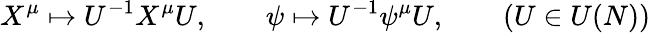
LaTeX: X^{\mu}\mapsto U^{-1}X^{\mu}U,\qquad\psi\mapsto U^{-1}\psi^{\mu}U,\qquad(U\in U(N))